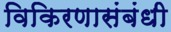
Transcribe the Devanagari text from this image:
विकिरणासंबंधी